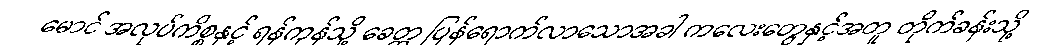
မောင် အလုပ်ကိစ္စနှင့် ရန်ကုန်သို့ ခေတ္တ ပြန်ရောက်လာသောအခါ ကလေးတွေနှင့်အတူ တိုက်ခန်းသို့